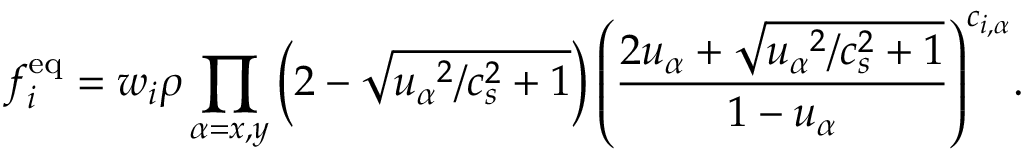
f _ { i } ^ { \mathrm { e q } } = w _ { i } \rho \prod _ { \alpha = x , y } \left( 2 - \sqrt { { u _ { \alpha } } ^ { 2 } / c _ { s } ^ { 2 } + 1 } \right) { \left( \frac { 2 u _ { \alpha } + \sqrt { { u _ { \alpha } } ^ { 2 } / c _ { s } ^ { 2 } + 1 } } { 1 - u _ { \alpha } } \right) } ^ { c _ { i , \alpha } } .